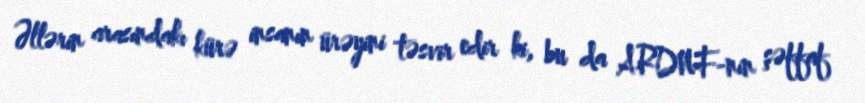
Əllərin arasındakı kürə insanın ürəyini təsvir edir ki, bu da ARDNF-nin şəffaf